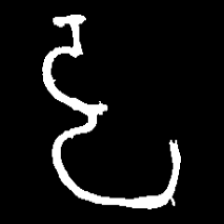
Pyu character \u2014 Myanmar letter: ဠ (romanized: lla)